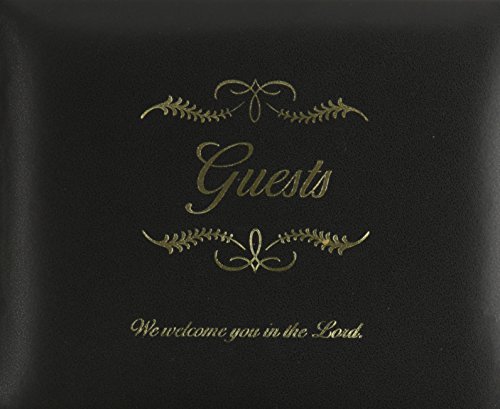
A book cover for Small bonded leather all occasion guest book - black; Christian Books & Bibles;